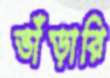
ভাঁড়ারি